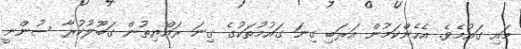
މައި ގައުމެވެ. އެހެންކަމުން އަަރަބި ގިނަ ގައުމުތަކުގެ ގިނަ ރައްޔިތުން ގަބޫލުކުރާ ސުންނީ